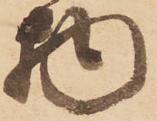
物